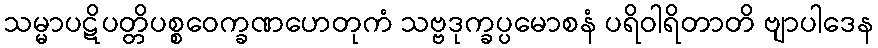
သမ္မာပဋိပတ္တိပစ္စဝေက္ခဏဟေတုကံ သဗ္ဗဒုက္ခပ္ပမောစနံ ပရိဝါရိတာတိ ဗျာပါဒေန